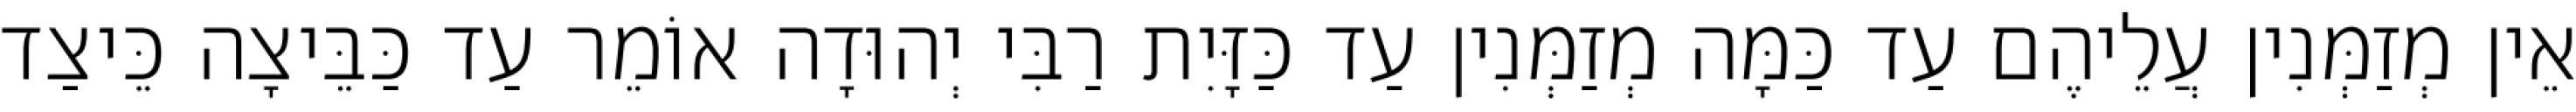
אֵין מְזַמְּנִין עֲלֵיהֶם עַד כַּמָּה מְזַמְּנִין עַד כַּזָּיִת רַבִּי יְהוּדָה אוֹמֵר עַד כַּבֵּיצָה כֵּיצַד